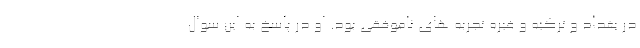
در بغداد و ترکیه و غیره تجربه های ناموفقی بود. او در پاسخ به این سوال